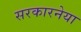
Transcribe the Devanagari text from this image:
सरकारनेया